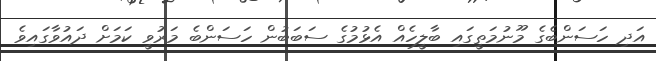
އަދި ހަސަންބެގެ މޫނުމަތީގައި ބާލީހެއް އެޅުމުގެ ސަބަބުން ހަސަންބެ މަރުވީ ކަމަށް ދައުވާގައިވެ